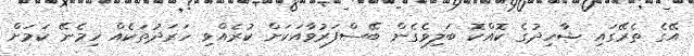
އޭގެ ތެރޭގައި ޝާހިދުގެ ކޮއްކޮ ބަލިވެގެން ބޭސްފަރުވާއަކަށް ކުރެއްވި ހަރަދުތަކެއް ހިމެނޭ ކަމަށް